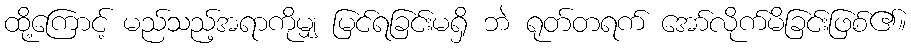
ထို့ကြောင့် မည်သည့်အရာကိုမျှ မြင်ရခြင်းမရှိ ဘဲ ရုတ်တရက် အော်လိုက်မိခြင်းဖြစ်၏။